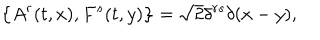
LaTeX: \big \{ A ^ { r } ( t , x ) , F ^ { s } ( t , y ) \big \} = \sqrt 2 \delta ^ { r s } \delta ( x - y ) ,